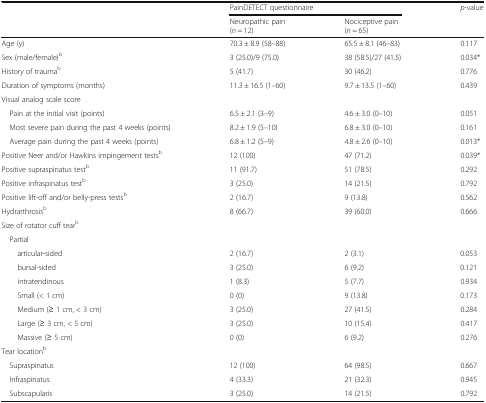
<table><thead><tr><td rowspan="2">[EMPTY_CELL]</td><td colspan="2"><b>PainDETECT questionnaire</b></td><td><b><i>p</i>-value</b></td></tr><tr><td><b>Neuropathic pain(<i>n</i> = 12)</b></td><td><b>Nociceptive pain(<i>n</i> = 65)</b></td><td>[EMPTY_CELL]</td></tr></thead><tbody><tr><td>Age (y)</td><td>70.3 ± 8.9 (58–88)</td><td>65.5 ± 8.1 (46–83)</td><td>0.117</td></tr><tr><td>Sex (male/female)<sup>b</sup></td><td>3 (25.0)/9 (75.0)</td><td>38 (58.5)/27 (41.5)</td><td>0.034*</td></tr><tr><td>History of trauma<sup>b</sup></td><td>5 (41.7)</td><td>30 (46.2)</td><td>0.776</td></tr><tr><td>Duration of symptoms (months)</td><td>11.3 ± 16.5 (1–60)</td><td>9.7 ± 13.5 (1–60)</td><td>0.439</td></tr><tr><td colspan="4">Visual analog scale score</td></tr><tr><td> Pain at the initial visit (points)</td><td>6.5 ± 2.1 (3–9)</td><td>4.6 ± 3.0 (0–10)</td><td>0.051</td></tr><tr><td> Most severe pain during the past 4 weeks (points)</td><td>8.2 ± 1.9 (5–10)</td><td>6.8 ± 3.0 (0–10)</td><td>0.161</td></tr><tr><td> Average pain during the past 4 weeks (points)</td><td>6.8 ± 1.2 (5–9)</td><td>4.8 ± 2.6 (0–10)</td><td>0.013*</td></tr><tr><td>Positive Neer and/or Hawkins impingement tests<sup>b</sup></td><td>12 (100)</td><td>47 (71.2)</td><td>0.039*</td></tr><tr><td>Positive supraspinatus test<sup>b</sup></td><td>11 (91.7)</td><td>51 (78.5)</td><td>0.292</td></tr><tr><td>Positive infraspinatus test<sup>b</sup></td><td>3 (25.0)</td><td>14 (21.5)</td><td>0.792</td></tr><tr><td>Positive lift-off and/or belly-press tests<sup>b</sup></td><td>2 (16.7)</td><td>9 (13.8)</td><td>0.562</td></tr><tr><td>Hydrarthrosis<sup>b</sup></td><td>8 (66.7)</td><td>39 (60.0)</td><td>0.666</td></tr><tr><td colspan="4">Size of rotator cuff tear<sup>b</sup></td></tr><tr><td colspan="4"> Partial</td></tr><tr><td>articular-sided</td><td>2 (16.7)</td><td>2 (3.1)</td><td>0.053</td></tr><tr><td>bursal-sided</td><td>3 (25.0)</td><td>6 (9.2)</td><td>0.121</td></tr><tr><td>intratendinous</td><td>1 (8.3)</td><td>5 (7.7)</td><td>0.934</td></tr><tr><td>Small (&lt; 1 cm)</td><td>0 (0)</td><td>9 (13.8)</td><td>0.173</td></tr><tr><td>Medium (≥ 1 cm, &lt; 3 cm)</td><td>3 (25.0)</td><td>27 (41.5)</td><td>0.284</td></tr><tr><td>Large (≥ 3 cm, &lt; 5 cm)</td><td>3 (25.0)</td><td>10 (15.4)</td><td>0.417</td></tr><tr><td>Massive (≥ 5 cm)</td><td>0 (0)</td><td>6 (9.2)</td><td>0.276</td></tr><tr><td colspan="4">Tear location<sup>b</sup></td></tr><tr><td> Supraspinatus</td><td>12 (100)</td><td>64 (98.5)</td><td>0.667</td></tr><tr><td> Infraspinatus</td><td>4 (33.3)</td><td>21 (32.3)</td><td>0.945</td></tr><tr><td> Subscapularis</td><td>3 (25.0)</td><td>14 (21.5)</td><td>0.792</td></tr></tbody></table>